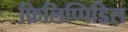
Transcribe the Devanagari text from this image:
फ़िलिप्पिडिस